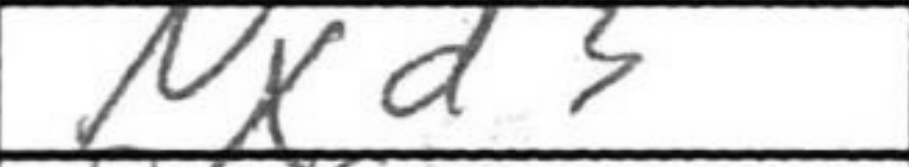
Transcription: Nxd3